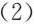
(2)